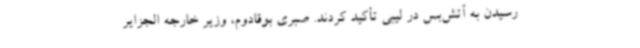
رسیدن به آتش‌بس در لیبی تأکید کردند. صبری بوقادوم، وزیر خارجه الجزایر